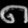
Digit: ၈